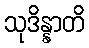
သုဒိန္နာတိ